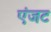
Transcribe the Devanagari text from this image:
एंजट